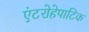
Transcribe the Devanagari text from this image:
एंटरोहेपाटिक